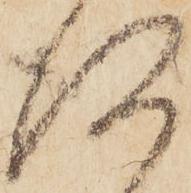
得